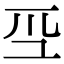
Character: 𭗻